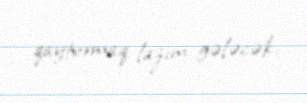
qaytarmaq lazım gələcək.